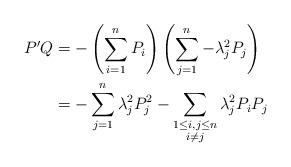
LaTeX: \begin{align*}P'Q&=-\left(\sum_{i=1}^nP_i\right)\left(\sum_{j=1}^n-\lambda_j^2P_j\right)\\&=-\sum_{j=1}^n\lambda_j^2P_j^2-\sum_{\substack{1\leq i,j\leq n\\i\neq j}}\lambda_j^2P_iP_j\end{align*}